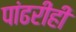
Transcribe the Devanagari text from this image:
पांढरीही